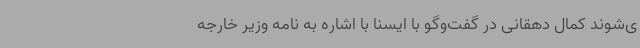
ی‌شوند کمال دهقانی در گفت‌وگو با ایسنا با اشاره به نامه وزیر خارجه